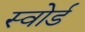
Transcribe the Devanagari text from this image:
स्‍वोर्ड